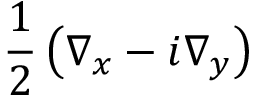
\frac { 1 } { 2 } \left( \nabla _ { x } - i \nabla _ { y } \right)